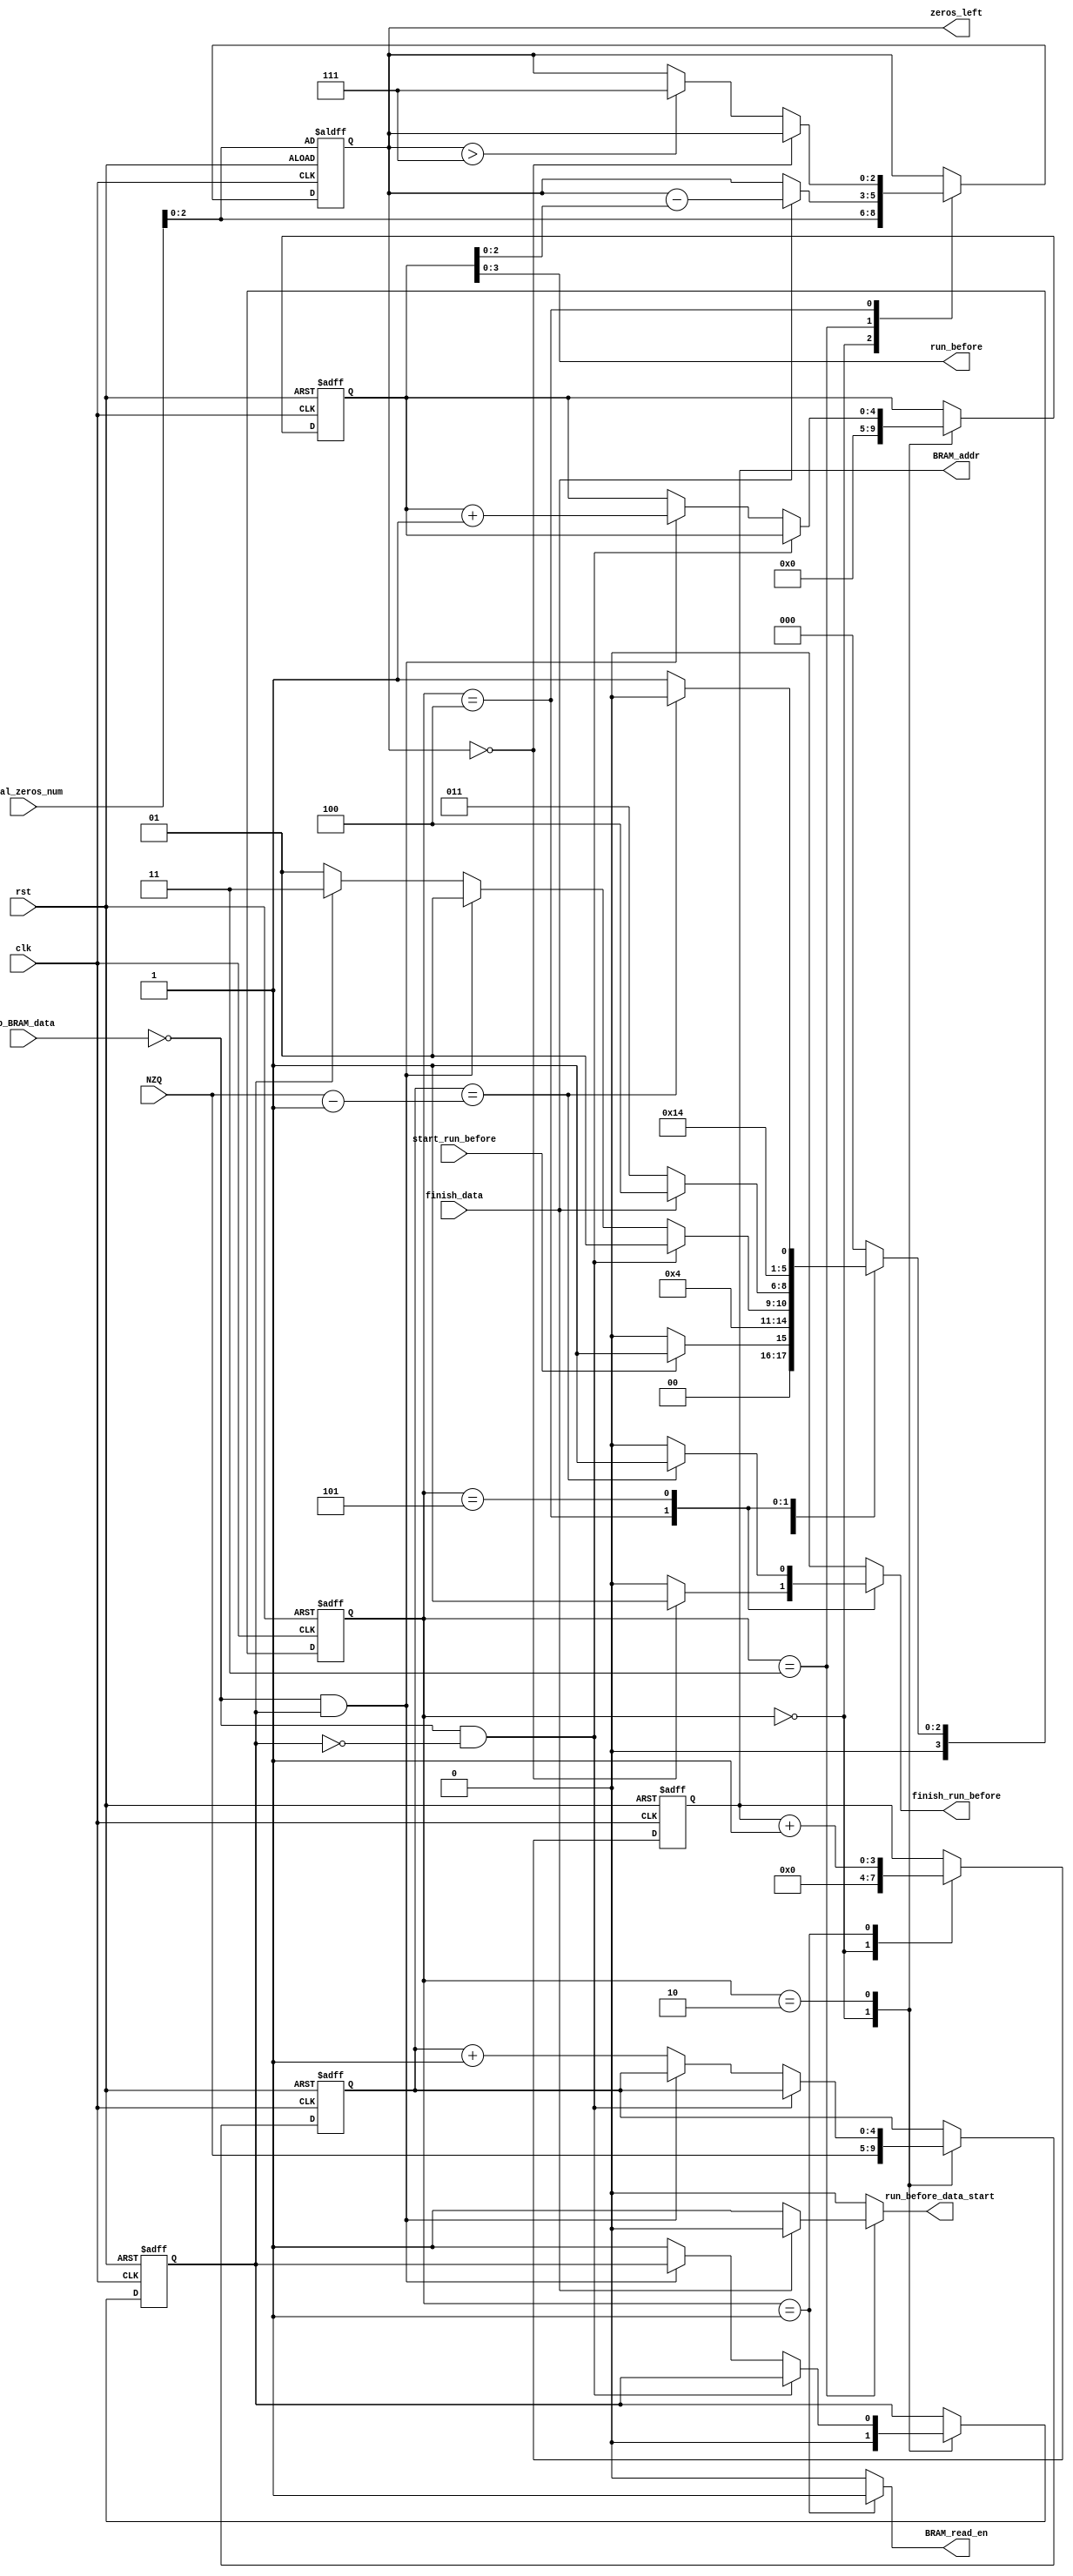

module Run_Before_Controller #(parameter  DATA_WIDTH = 9 , NZQ_WIDTH = 5 , STATE_WIDTH = 4)(

    // clk and reset 
    input                                 clk,
    input                                 rst,
    
    // OUTSIDE CONTROLLER & ACK 
    input                                 start_run_before  ,
    output reg                            finish_run_before ,

    //  
    input             [NZQ_WIDTH-1:0]     NZQ,
    input             [3:0]               total_zeros_num,

    // IO WITH INPUT FIFO (HOLDING MB DATA) 
    // IO WITH INPUT BRAM (HOLDING MB DATA) 
    output wire        [3:0]               BRAM_addr,
    output reg                             BRAM_read_en,
    input signed      [DATA_WIDTH-1:0]     mb_BRAM_data,


    // DATA                                                                                     
    output   [3:0]   run_before,                                                                 
    output   [2:0]   zeros_left,             // the maximum value for the zeros_left is 7.       
                                                                                                
    // DATA CONTROLLER & ACK                                                                 
    output  reg      run_before_data_start,                                                           
    input            finish_data

    );
    
    /*
    1) If there are no more zeros left to encode, i.e. 6[run before] = TotalZeros, it is not necessary
    to encode any more run before values.
    
    2) It is not necessary to encode run before for the final or lowest frequency non-zero.
    coefficient.
    
    3) Use the three always block type for the FSM.
    */
    
//  \\\\\\\\\\\\\\\\\\\\\\\\\\\\\\\\\\\\\\\\\\\\\\\\\\\\//////////////////////////////////
//                    Internal Signals                        \\\\
////////////////////////////\\\\\\\\\\\\\\\\\\\\\\\\\\\\\\\\\\\\\\\\\\\\\\\\\\\\\\\\\\\\\\\\\\\\\\\\
           
      reg        [STATE_WIDTH -1 :0] current_state, next_state;
      
      reg        [NZQ_WIDTH -1:0]    NZQ_reg , NZQ_next ;
      reg        [NZQ_WIDTH -1:0]    run_counter_reg, run_counter_next;
      reg                            first_element_reg , first_element_next ;
      reg        [3:0]               BRAM_addr_reg, BRAM_addr_next;
      reg        [2:0]               zeros_left_reg,zeros_left_next;
      reg                            first_adrr;
   localparam  
            IDLE                 = 3'b000 ,
            GET_NEXT             = 3'b001 ,
            CHECK_ZERO           = 3'b010 ,  
            TRAILING_ONE_SIGNM   = 3'b011 ,  
            LEVELS               = 3'b100 ,  
            TOTAL_ZEROS          = 3'b101 ,  
            RUN_OF_ZEROS         = 3'b110 ;
    
    
//  \\\\\\\\\\\\\\\\\\\\\\\\\\\\\\\\\\\\\\\\\\\\\\\\\\\\//////////////////////////////////
//                    Next state logic                       \\\\
////////////////////////////\\\\\\\\\\\\\\\\\\\\\\\\\\\\\\\\\\\\\\\\\\\\\\\\\\\\\\\\\\\\\\\\\\\\\\\\   
    always@(*) begin
    // Give an initial value for all the outputs
            BRAM_addr_next      = BRAM_addr_reg;
            first_element_next  = first_element_reg; // must be reg
            next_state = current_state; 
            BRAM_read_en = 1'b0;
            run_counter_next = run_counter_reg;
            run_before_data_start = 1'b0;
            finish_run_before = 1'b0;
            zeros_left_next   = zeros_left_reg;
            NZQ_next          = NZQ_reg;
            first_adrr            = 1'b0;
            case(current_state)             
            
                'd0: begin // IDLE STATE
                       
                       BRAM_addr_next        =  'b0;
                       first_element_next    = 1'b0;
                       BRAM_read_en          = 1'b0;
                       run_counter_next      =  'b0;
                       run_before_data_start = 1'b0;
                       finish_run_before     = 1'b0;
                       zeros_left_next       = total_zeros_num;
                       NZQ_next              = NZQ;
                       first_adrr            = 1'b1;
                       if (start_run_before)
                         begin
                          next_state = 'd1;
                          end 
                        else 
                          next_state = 'd0;
                    end            
                'd1: begin // get _next element
                            BRAM_read_en = 1'b1;
                            next_state = 'd2;
                            // for making the first adrees from zero 
                            if (first_adrr)
                              BRAM_addr_next = 'b0;
                            else
                              BRAM_addr_next = BRAM_addr_next +1;
                            
                    end 
                'd2: begin  // Check if the element is zero
                        BRAM_read_en = 0;
                        if(mb_BRAM_data == 'b0 && !first_element_reg) begin
                            next_state = 'd1;
                        end
                       else if(mb_BRAM_data == 'b0 && first_element_reg) begin
                            next_state = 'd1;
                            run_counter_next = run_counter_reg +1 ; 
                        end
                        else begin
                               NZQ_next = NZQ_reg +1;
                               if (!first_element_reg) 
                                 begin
                                   first_element_next = 1'b1;
                                   next_state = 'd1;
                                 end
                               else
                                 begin
                                   next_state = 'd3;
                                 end
                             end  
                    end

                'd3: begin // Excuting the run before and the zeros left 
                       run_before_data_start = 1'b1;
                       if (finish_data)
                         begin
                           next_state = 'd4;
                           run_before_data_start = 1'b0;
                           zeros_left_next = zeros_left_reg - run_counter_reg ; 
                         end
                       else 
                         next_state = 'd3;
                         
                      end

                'd4: begin // update the zeros left 
                       
                       if (zeros_left_next == 'b0)
                         begin
                           finish_run_before = 1'b1;
                           next_state = 'd0;         
                         end                  
                      else if (zeros_left_next > 3'd7)
                        begin
                          zeros_left_next = 3'd7;
                          next_state = 'd5;
                        end
                       else 
                         zeros_left_next = zeros_left_reg ;  
                         next_state = 'd5;              
                     end         
                     
                'd5: begin // check the last element to not make any thing for it 
                          if (NZQ_next == (NZQ - 1'b1))
                            begin
                              finish_run_before = 1'b1;
                              next_state = 'd0; 
                            end
                          else 
                            begin
                              next_state = 'd1; 
                            end
                          
                     end                          
                default: begin
                      // BUT A DEFAULT VALUES FOR ALL THE OUTPUTS HERE 
                           next_state = 'd0;
                      end    
            endcase
      end
    
//  \\\\\\\\\\\\\\\\\\\\\\\\\\\\\\\\\\\\\\\\\\\\\\\\\\\\//////////////////////////////////
//                   Current State                             \\\\
////////////////////////////\\\\\\\\\\\\\\\\\\\\\\\\\\\\\\\\\\\\\\\\\\\\\\\\\\\\\\\\\\\\\\\\\\\\\\\\     
    
    always @ (posedge clk or negedge rst)
    begin
    if (!rst)
      begin      
          current_state   <= 'b0;          
     end
    else
        begin
        current_state <= next_state;
        end
end


// Register the inputs and intermediate registers
    always @ (posedge clk or negedge rst)
    begin
    if (!rst)
      begin         
          NZQ_reg             <= 'b0;; // NOTE this line need to be modified 
          first_element_reg   <= 1'b0;
          

      end
    else
        begin 
          NZQ_reg             <= NZQ_next; 
          first_element_reg   <= first_element_next; 
          

        end
    end

//  \\\\\\\\\\\\\\\\\\\\\\\\\\\\\\\\\\\\\\\\\\\\\\\\\\\\//////////////////////////////////
//                   Output Logic                             \\\\
////////////////////////////\\\\\\\\\\\\\\\\\\\\\\\\\\\\\\\\\\\\\\\\\\\\\\\\\\\\\\\\\\\\\\\\\\\\\\\\  

// we don't have to register all the output only the things I want to register
    always @ (posedge clk or negedge rst)
    begin
        if (!rst)
            begin        
              BRAM_addr_reg       <= 'b0;
              run_counter_reg     <= 'b0;          
              zeros_left_reg      <= total_zeros_num;
            end
        else
            begin
              BRAM_addr_reg       <= BRAM_addr_next;   
              run_counter_reg     <= run_counter_next;          
              zeros_left_reg      <= zeros_left_next ;             
            end
    end


  //  run_before_data_start     this output is activated in the FSM 
  //  finish_run_before         this output is activated in the FSM 
  //  BRAM_read_en             this output is activated in the FSM 
  
   assign BRAM_addr   = BRAM_addr_reg;
   assign run_before  = run_counter_reg ; 
   assign zeros_left  = zeros_left_reg;
endmodule